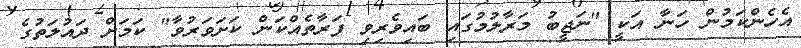
އެހެންކަމުން ހަނާ އަކީ "ނަޖީބު މަރާލުމުގައި ބައިވެރިވި ފަރާތެއްކަން ކަށަވަރުވާ" ކަމަށް ދައުލަތުގެ